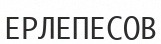
ЕРЛЕПЕСОВ